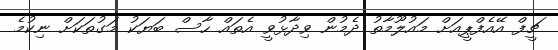
ޗީފް އޭއެފްޕީއަށް މައުލޫމާތު ދެމުން ވިދާޅުވީ އެތައް ހާސް ބަޔަކު މަގުތަކަށް ނިކުމެ